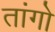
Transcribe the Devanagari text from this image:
तांगो